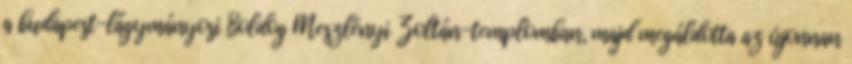
a budapest-lágymányosi Boldog Meszlényi Zoltán-templomban, majd megáldotta az újonnan